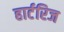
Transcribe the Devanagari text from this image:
हार्टरिज